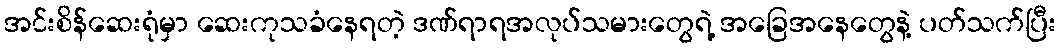
အင်းစိန်ဆေးရုံမှာ ဆေးကုသခံနေရတဲ့ ဒဏ်ရာရအလုပ်သမားတွေရဲ့ အခြေအနေတွေနဲ့ ပတ်သက်ပြီး